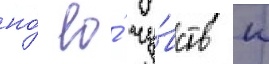
но́ ео́ чу́вств к